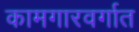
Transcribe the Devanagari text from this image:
कामगारवर्गात